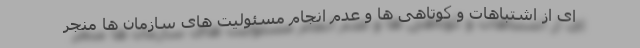
ای از اشتباهات و کوتاهی ها و عدم انجام مسئولیت های سازمان ها منجر